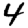
Digit: 4